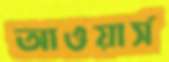
আওয়ার্স